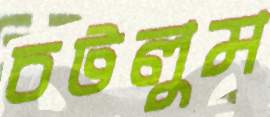
চটলুম